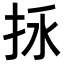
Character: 𢫢